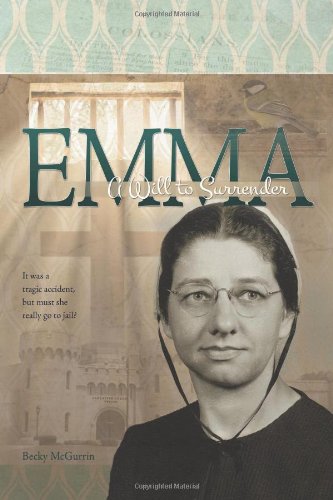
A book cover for Emma: A Will to Surrender; Becky McGurrin; Christian Books & Bibles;